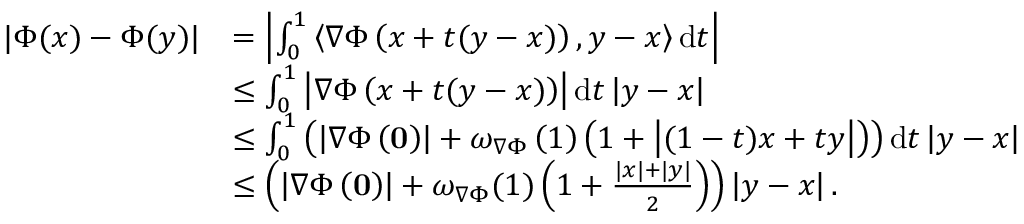
\begin{array} { r l } { | \Phi ( x ) - \Phi ( y ) | } & { = \left| \int _ { 0 } ^ { 1 } \left\langle \nabla \Phi \left( x + t ( y - x ) \right) , y - x \right\rangle \mathrm { d } t \right| } \\ & { \le \int _ { 0 } ^ { 1 } \left| \nabla \Phi \left( x + t ( y - x ) \right) \right| \mathrm { d } t \left| y - x \right| } \\ & { \le \int _ { 0 } ^ { 1 } \left( \left| \nabla \Phi \left( \mathbf { 0 } \right) \right| + \omega _ { \nabla \Phi } \left( 1 \right) \left( 1 + \left| ( 1 - t ) x + t y \right| \right) \right) \mathrm { d } t \left| y - x \right| } \\ & { \le \left( \left| \nabla \Phi \left( \mathbf { 0 } \right) \right| + \omega _ { \nabla \Phi } ( 1 ) \left( 1 + \frac { | x | + | y | } { 2 } \right) \right) \left| y - x \right| . } \end{array}